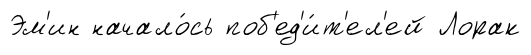
Эм'ин начало́сь поб'ед'и́т'ел'ей Лорак